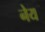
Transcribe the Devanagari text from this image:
नेय